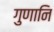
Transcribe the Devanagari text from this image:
गुणानि